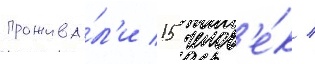
прожива́л'и 15 челов'е́к /